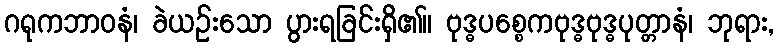
ဂရုကဘာဝနံ၊ ခဲယဉ်းသော ပွားရခြင်းရှိ၏။ ဗုဒ္ဓပစ္စေကဗုဒ္ဓဗုဒ္ဓပုတ္တာနံ၊ ဘုရား,